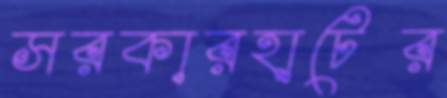
সরকারহাটের